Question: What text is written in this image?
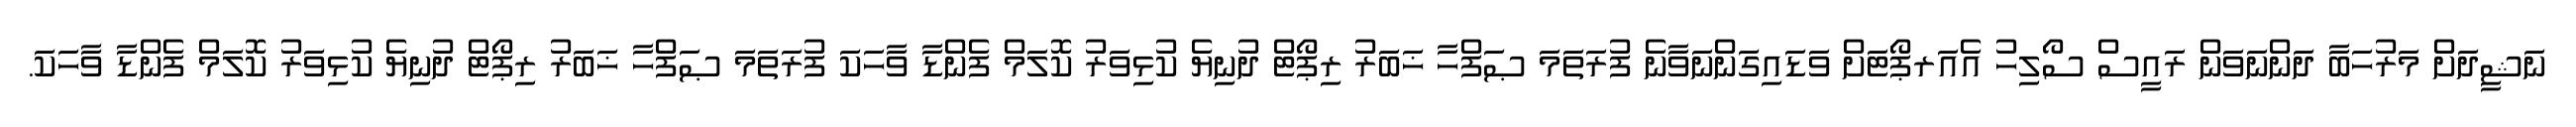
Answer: ނަޝީދަށް މަރުހަބާ ދަންނަވަން ރައީސް ސޯލިހު އެއަރޕޯޓަށް ވަޑައިގަންނަވާނެ ފުރަތަމަ ޞަފްހާ ޚަބަރު ރިޕޯޓް ދުނިޔެ ކުޅިވަރު ކޮލަމް ފެންޑާ ވާހަކަ ފުރަތަމަ ޞަފްހާ ޚަބަރު ރިޕޯޓް ދުނިޔެ ކުޅިވަރު ކޮލަމް ފެންޑާ ވާހަކަ.